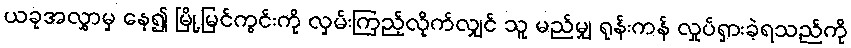
ယခုအလွှာမှ နေ၍ မြို့မြင်ကွင်းကို လှမ်းကြည့်လိုက်လျှင် သူ မည်မျှ ရုန်းကန် လှုပ်ရှားခဲ့ရသည်ကို